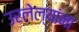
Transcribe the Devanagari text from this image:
उरलेल्यांना